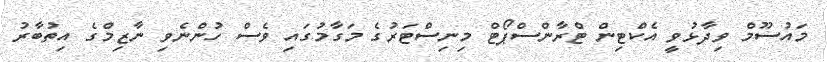
މައުސޫމް ވިދާޅުވީ އެކްޓިން ޓްރާންސްޕޯޓް މިނިސްޓަރުގެ މަގާމުގައި ވެސް ހުންނެވި ނާޒިމްގެ އިތުބާރު